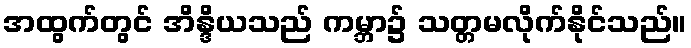
အထွက်တွင် အိန္ဒိယသည် ကမ္ဘာ၌ သတ္တမလိုက်နိုင်သည်။